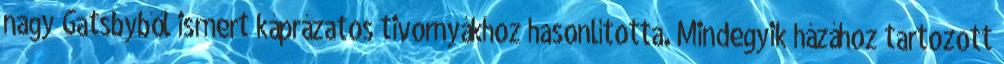
nagy Gatsbyből ismert káprázatos tivornyákhoz hasonlította. Mindegyik házához tartozott